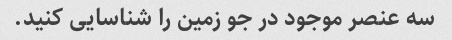
سه عنصر موجود در جو زمین را شناسایی کنید.